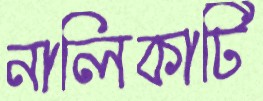
নালিকাটি